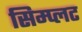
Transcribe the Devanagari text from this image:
सिम्प्लट